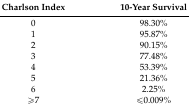
<table><thead><tr><td><b>Charlson Index</b></td><td><b>10-Year Survival</b></td></tr></thead><tbody><tr><td>0</td><td>98.30%</td></tr><tr><td>1</td><td>95.87%</td></tr><tr><td>2</td><td>90.15%</td></tr><tr><td>3</td><td>77.48%</td></tr><tr><td>4</td><td>53.39%</td></tr><tr><td>5</td><td>21.36%</td></tr><tr><td>6</td><td>2.25%</td></tr><tr><td>≥7</td><td>≤0.009%</td></tr></tbody></table>